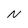
Character: N